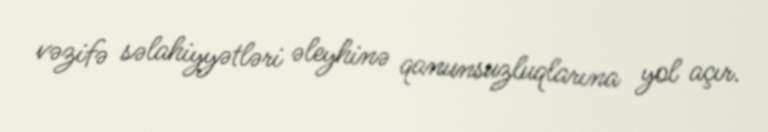
vəzifə səlahiyyətləri əleyhinə qanunsuzluqlarına yol açır.